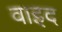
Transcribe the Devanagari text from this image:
वाइद